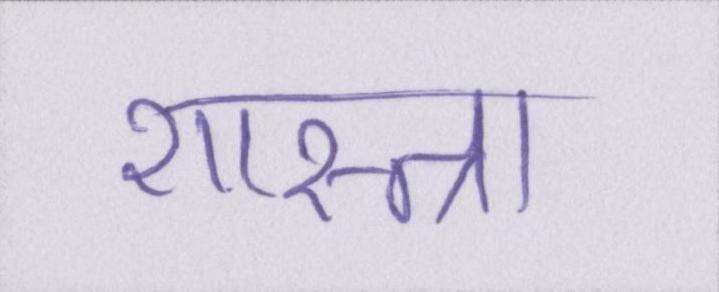
शास्त्रा